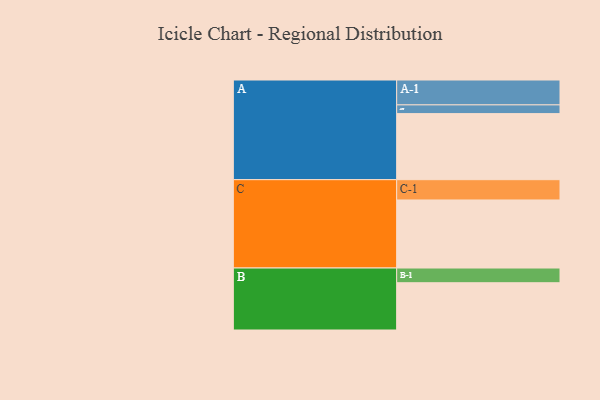
{"axis": {"x": "Segment", "y": "Value"}, "legend": ["", "A", "B", "C"], "data": [{"x": "A", "y": 566, "type": ""}, {"x": "B", "y": 405, "type": ""}, {"x": "C", "y": 583, "type": ""}, {"x": "A-1", "y": 213, "type": "A"}, {"x": "A-2", "y": 75, "type": "A"}, {"x": "B-1", "y": 126, "type": "B"}, {"x": "C-1", "y": 174, "type": "C"}]}